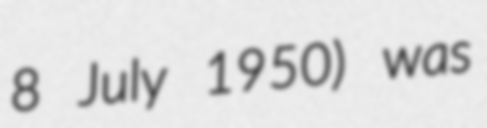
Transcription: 8 July 1950) was